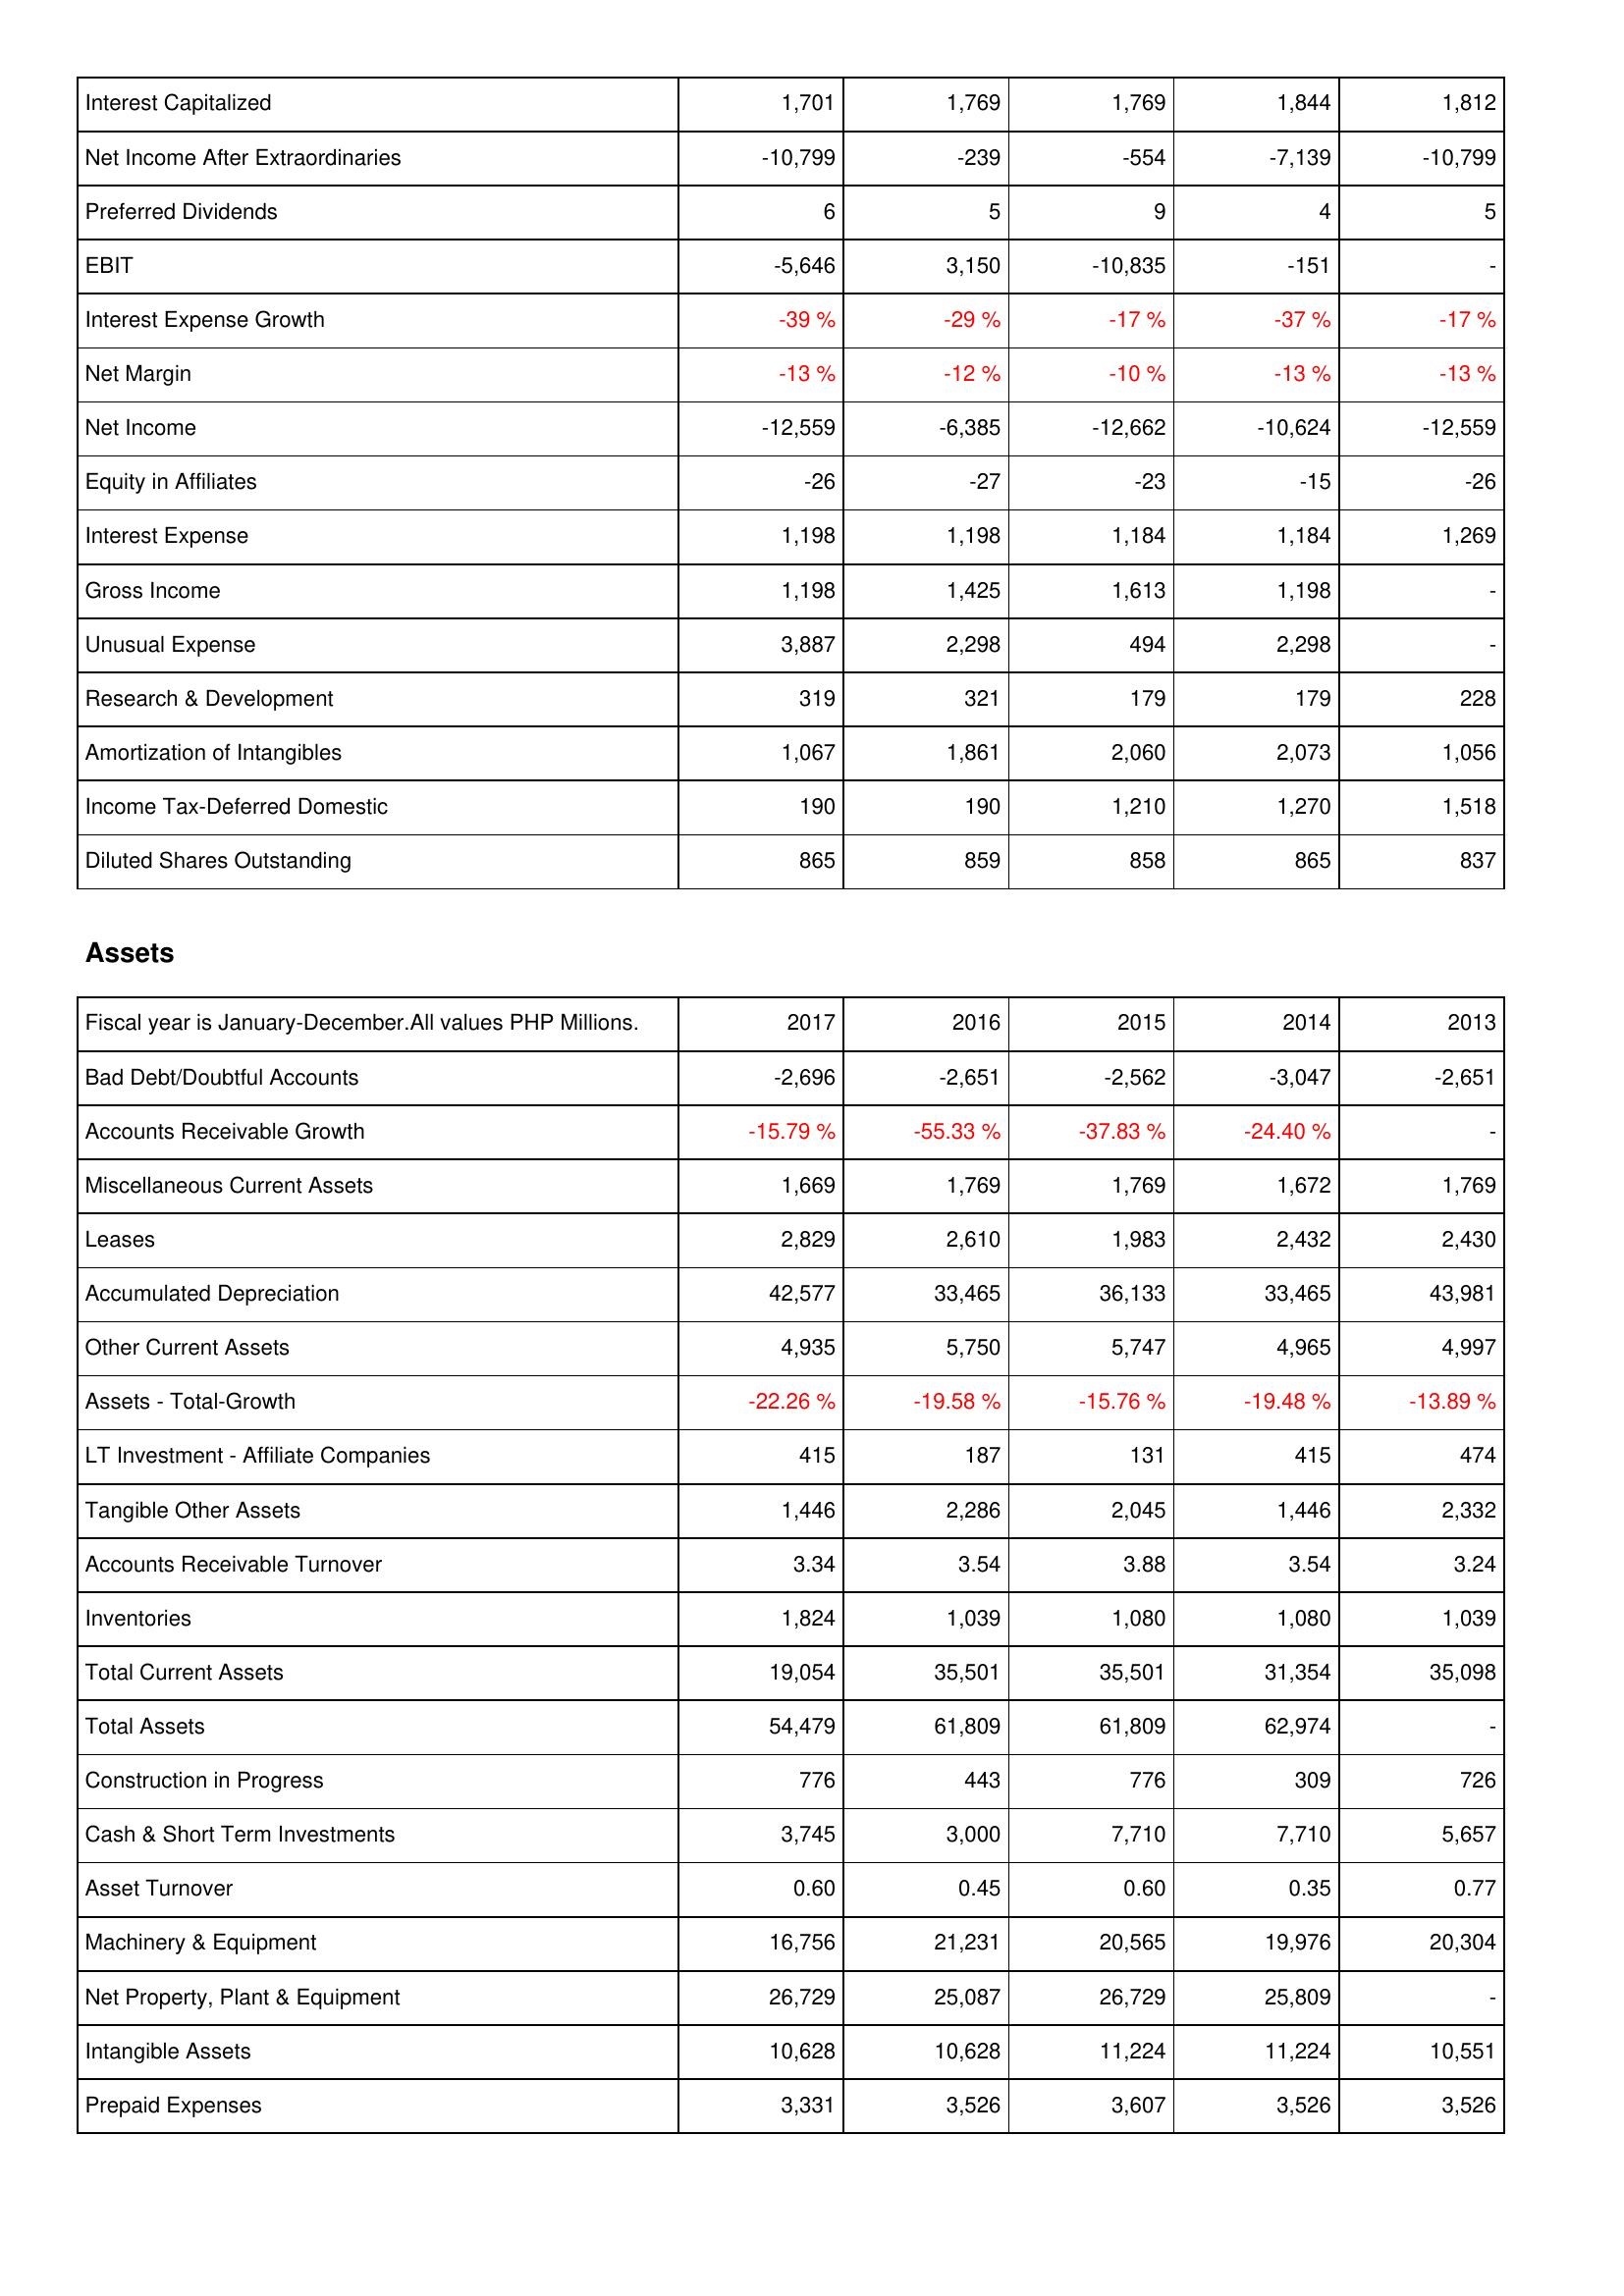
2017: Income Statement: Interest Capitalized: 1,701
Net Income After Extraordinaries: -10,799
Preferred Dividends: 6
EBIT: -5,646
Interest Expense Growth: -39 %
Net Margin: -13 %
Net Income: -12,559
Equity in Affiliates: -26
Interest Expense: 1,198
Gross Income: 1,198
Unusual Expense: 3,887
Research & Development: 319
Amortization of Intangibles: 1,067
Income Tax-Deferred Domestic: 190
Diluted Shares Outstanding: 865
Assets: Bad Debt/Doubtful Accounts: -2,696
Accounts Receivable Growth: -15.79 %
Miscellaneous Current Assets: 1,669
Leases: 2,829
Accumulated Depreciation: 42,577
Other Current Assets: 4,935
Assets - Total-Growth: -22.26 %
LT Investment - Affiliate Companies: 415
Tangible Other Assets: 1,446
Accounts Receivable Turnover: 3.34
Inventories: 1,824
Total Current Assets: 19,054
Total Assets: 54,479
Construction in Progress: 776
Cash & Short Term Investments: 3,745
Asset Turnover: 0.60
Machinery & Equipment: 16,756
Net Property, Plant & Equipment: 26,729
Intangible Assets: 10,628
Prepaid Expenses: 3,331
2016: Income Statement: Interest Capitalized: 1,769
Net Income After Extraordinaries: -239
Preferred Dividends: 5
EBIT: 3,150
Interest Expense Growth: -29 %
Net Margin: -12 %
Net Income: -6,385
Equity in Affiliates: -27
Interest Expense: 1,198
Gross Income: 1,425
Unusual Expense: 2,298
Research & Development: 321
Amortization of Intangibles: 1,861
Income Tax-Deferred Domestic: 190
Diluted Shares Outstanding: 859
Assets: Bad Debt/Doubtful Accounts: -2,651
Accounts Receivable Growth: -55.33 %
Miscellaneous Current Assets: 1,769
Leases: 2,610
Accumulated Depreciation: 33,465
Other Current Assets: 5,750
Assets - Total-Growth: -19.58 %
LT Investment - Affiliate Companies: 187
Tangible Other Assets: 2,286
Accounts Receivable Turnover: 3.54
Inventories: 1,039
Total Current Assets: 35,501
Total Assets: 61,809
Construction in Progress: 443
Cash & Short Term Investments: 3,000
Asset Turnover: 0.45
Machinery & Equipment: 21,231
Net Property, Plant & Equipment: 25,087
Intangible Assets: 10,628
Prepaid Expenses: 3,526
2015: Income Statement: Interest Capitalized: 1,769
Net Income After Extraordinaries: -554
Preferred Dividends: 9
EBIT: -10,835
Interest Expense Growth: -17 %
Net Margin: -10 %
Net Income: -12,662
Equity in Affiliates: -23
Interest Expense: 1,184
Gross Income: 1,613
Unusual Expense: 494
Research & Development: 179
Amortization of Intangibles: 2,060
Income Tax-Deferred Domestic: 1,210
Diluted Shares Outstanding: 858
Assets: Bad Debt/Doubtful Accounts: -2,562
Accounts Receivable Growth: -37.83 %
Miscellaneous Current Assets: 1,769
Leases: 1,983
Accumulated Depreciation: 36,133
Other Current Assets: 5,747
Assets - Total-Growth: -15.76 %
LT Investment - Affiliate Companies: 131
Tangible Other Assets: 2,045
Accounts Receivable Turnover: 3.88
Inventories: 1,080
Total Current Assets: 35,501
Total Assets: 61,809
Construction in Progress: 776
Cash & Short Term Investments: 7,710
Asset Turnover: 0.60
Machinery & Equipment: 20,565
Net Property, Plant & Equipment: 26,729
Intangible Assets: 11,224
Prepaid Expenses: 3,607
2014: Income Statement: Interest Capitalized: 1,844
Net Income After Extraordinaries: -7,139
Preferred Dividends: 4
EBIT: -151
Interest Expense Growth: -37 %
Net Margin: -13 %
Net Income: -10,624
Equity in Affiliates: -15
Interest Expense: 1,184
Gross Income: 1,198
Unusual Expense: 2,298
Research & Development: 179
Amortization of Intangibles: 2,073
Income Tax-Deferred Domestic: 1,270
Diluted Shares Outstanding: 865
Assets: Bad Debt/Doubtful Accounts: -3,047
Accounts Receivable Growth: -24.40 %
Miscellaneous Current Assets: 1,672
Leases: 2,432
Accumulated Depreciation: 33,465
Other Current Assets: 4,965
Assets - Total-Growth: -19.48 %
LT Investment - Affiliate Companies: 415
Tangible Other Assets: 1,446
Accounts Receivable Turnover: 3.54
Inventories: 1,080
Total Current Assets: 31,354
Total Assets: 62,974
Construction in Progress: 309
Cash & Short Term Investments: 7,710
Asset Turnover: 0.35
Machinery & Equipment: 19,976
Net Property, Plant & Equipment: 25,809
Intangible Assets: 11,224
Prepaid Expenses: 3,526
2013: Income Statement: Interest Capitalized: 1,812
Net Income After Extraordinaries: -10,799
Preferred Dividends: 5
EBIT: -
Interest Expense Growth: -17 %
Net Margin: -13 %
Net Income: -12,559
Equity in Affiliates: -26
Interest Expense: 1,269
Gross Income: -
Unusual Expense: -
Research & Development: 228
Amortization of Intangibles: 1,056
Income Tax-Deferred Domestic: 1,518
Diluted Shares Outstanding: 837
Assets: Bad Debt/Doubtful Accounts: -2,651
Accounts Receivable Growth: -
Miscellaneous Current Assets: 1,769
Leases: 2,430
Accumulated Depreciation: 43,981
Other Current Assets: 4,997
Assets - Total-Growth: -13.89 %
LT Investment - Affiliate Companies: 474
Tangible Other Assets: 2,332
Accounts Receivable Turnover: 3.24
Inventories: 1,039
Total Current Assets: 35,098
Total Assets: -
Construction in Progress: 726
Cash & Short Term Investments: 5,657
Asset Turnover: 0.77
Machinery & Equipment: 20,304
Net Property, Plant & Equipment: -
Intangible Assets: 10,551
Prepaid Expenses: 3,526